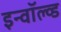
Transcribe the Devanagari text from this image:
इन्वॉल्व्ड